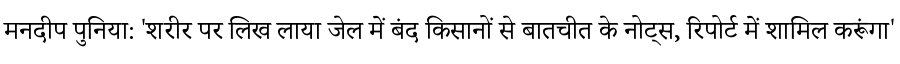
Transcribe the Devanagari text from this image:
मनदीप पुनिया: 'शरीर पर लिख लाया जेल में बंद किसानों से बातचीत के नोट्स, रिपोर्ट में शामिल करूंगा'